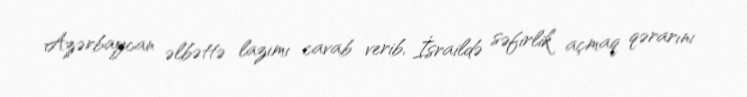
Azərbaycan əlbəttə lazımı cavab verib, İsraildə səfirlik açmaq qərarını